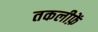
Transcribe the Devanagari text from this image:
तकलीफ़ें